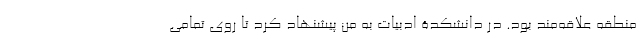
منطقه علاقه‌مند بود. در دانشکدۀ ادبیات به من پیشنهاد کرد تا روی تمامی